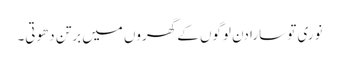
نوری تو سارا دن لوگوں کے گھروں میں برتن دھوتی۔